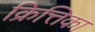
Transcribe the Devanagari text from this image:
क्रित्तिका